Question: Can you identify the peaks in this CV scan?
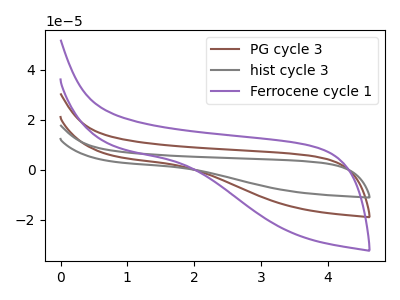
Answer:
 <answer>The brown curve "PG cycle 3" has no peaks. The gray curve "hist cycle 3" has no peaks. The purple curve "Ferrocene cycle 1" has no peaks.</answer>
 <eval></eval>